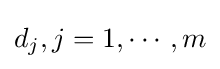
d_{j},j=1,\cdots ,m